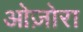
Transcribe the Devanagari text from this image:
ओज़ोरा